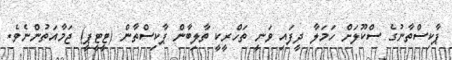
ޕާކިސްތާނުގެ ސްކޫލަށް ހަމަލާ ދީފައި ވަނީ ތަހްރީކީ ތާލިބާން ޕާކިސްތާން (ޓީޓީޕީ) ޖަމާއަތުންނެވެ.